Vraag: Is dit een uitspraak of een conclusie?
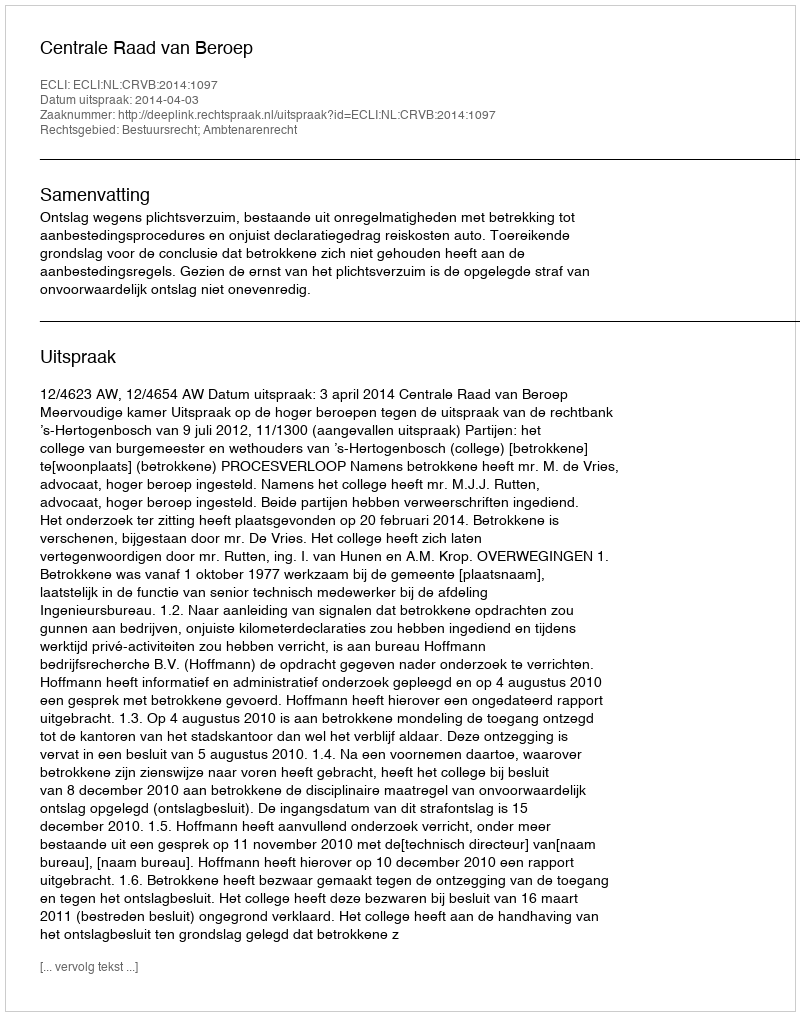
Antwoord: Uitspraak